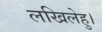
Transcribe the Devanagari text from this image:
लखिलेहु।